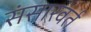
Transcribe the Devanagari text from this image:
संसारवर्त